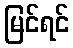
မြင်ရင်